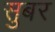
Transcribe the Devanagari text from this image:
सुबर